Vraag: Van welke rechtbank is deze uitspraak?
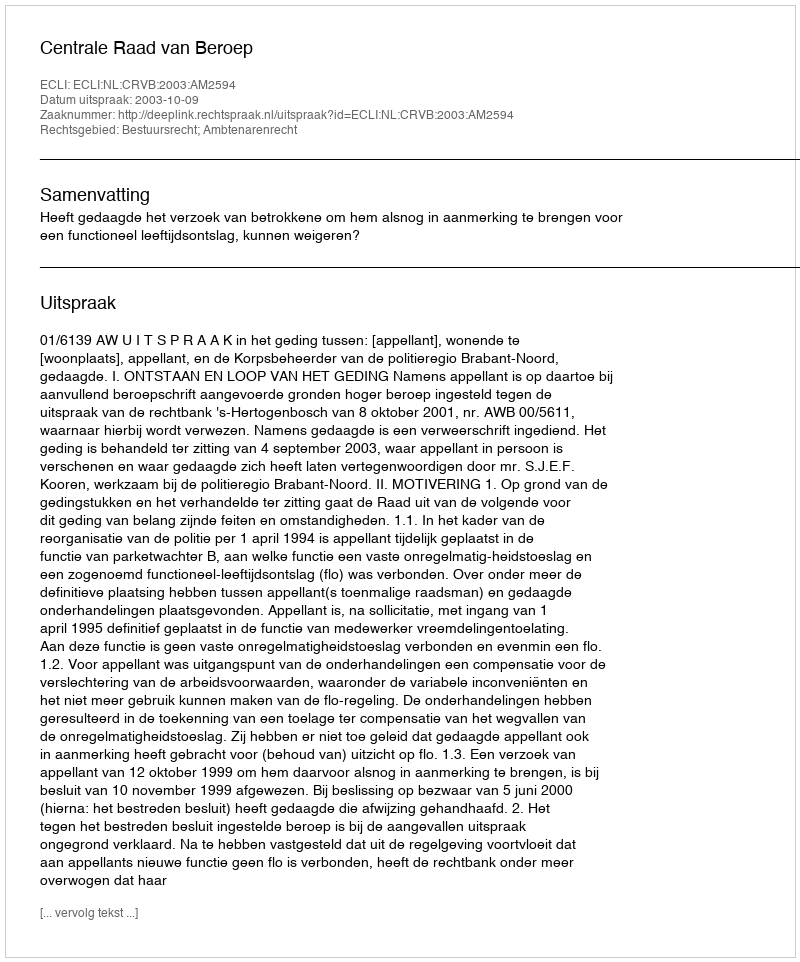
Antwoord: Centrale Raad van Beroep